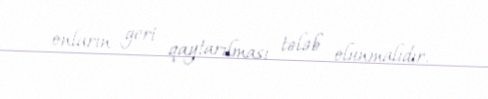
onların geri qaytarılması tələb olunmalıdır.